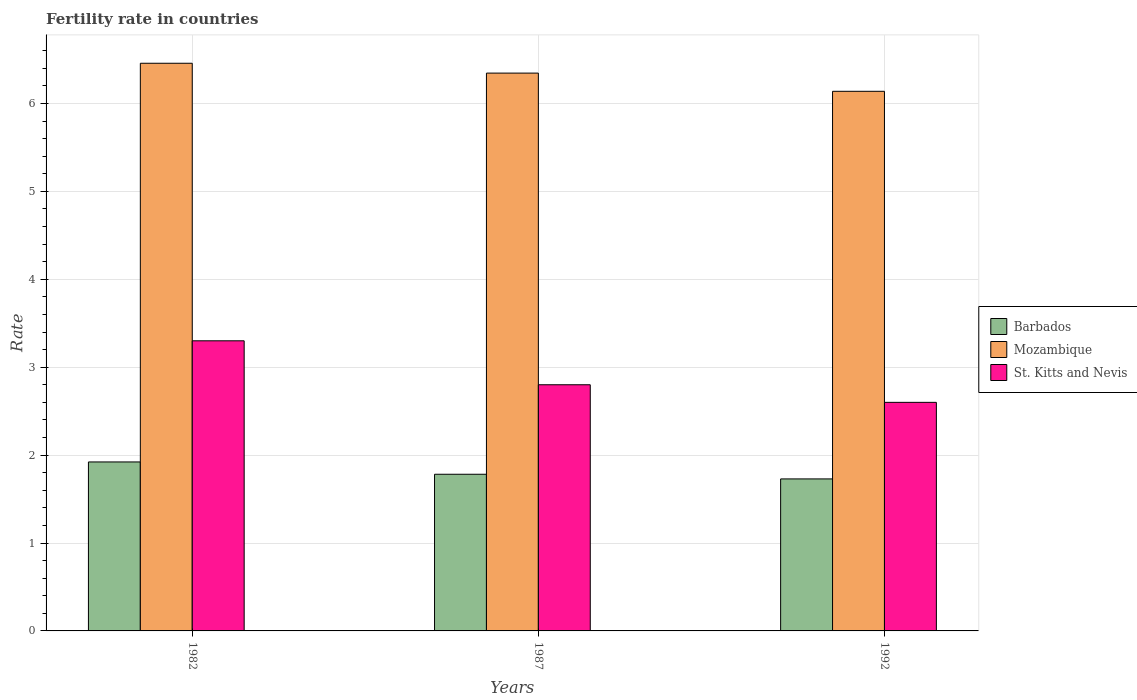
| Years | Barbados | Mozambique | St. Kitts and Nevis |
 | --- | --- | --- | --- |
 | 1982 | 1.92 | 6.46 | 3.3 |
 | 1987 | 1.78 | 6.34 | 2.8 |
 | 1992 | 1.73 | 6.14 | 2.6 |